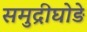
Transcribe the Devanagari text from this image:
समुद्रीघोड़े